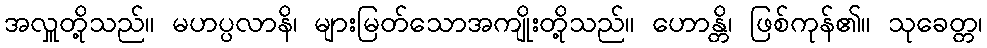
အလှူတို့သည်။ မဟပ္ပလာနိ၊ များမြတ်သောအကျိုးတို့သည်။ ဟောန္တိ၊ ဖြစ်ကုန်၏။ သုခေတ္တ၊